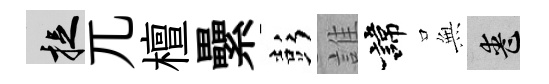
捉兀檀纍彭誰諱𭴾喪